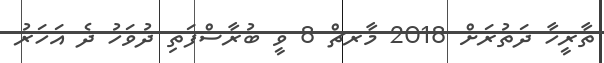
ތާރީހާ ދަތުރަށް 2018 މާރޗް 8 ވީ ބުރާސްފަތި ދުވަހު ދެ އަހަރު